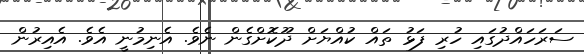
ސަރަހައްްދުގައި ހުރި ފަޅު ތައް ކުއްޔަށް ދޫކޮށްގެން ނެވެ. އެނިމުނީ އެވެ. އެއިރުން